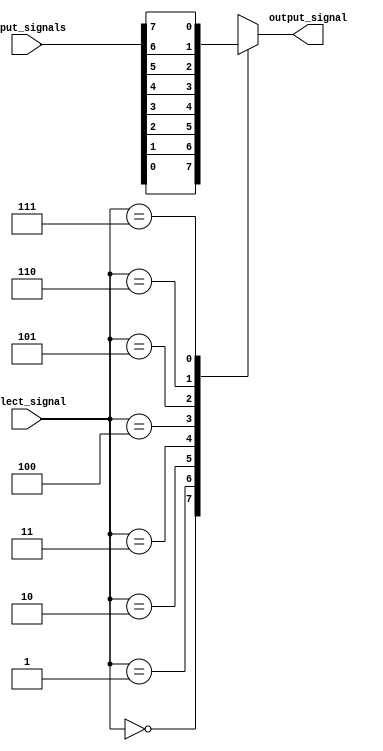
module mux_8to1(
    input [7:0] input_signals,
    input [2:0] select_signal,
    output reg output_signal
);

always @(*) begin
    case(select_signal)
        3'd0: output_signal = input_signals[0];
        3'd1: output_signal = input_signals[1];
        3'd2: output_signal = input_signals[2];
        3'd3: output_signal = input_signals[3];
        3'd4: output_signal = input_signals[4];
        3'd5: output_signal = input_signals[5];
        3'd6: output_signal = input_signals[6];
        3'd7: output_signal = input_signals[7];
        default: output_signal = 0; // Default case can be any value, here it is set to 0
    endcase
end

endmodule